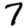
Digit: 7